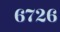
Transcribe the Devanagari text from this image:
६७२६